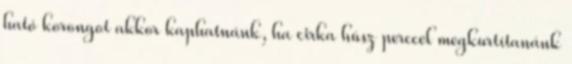
ható korongot akkor kaphatnánk, ha cirka húsz perccel megkurtítanánk